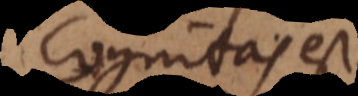
cognitas est